Civil Veterinary Department Bihar & Orissa reports 1911-21 - 1911-1921
Year: 1911
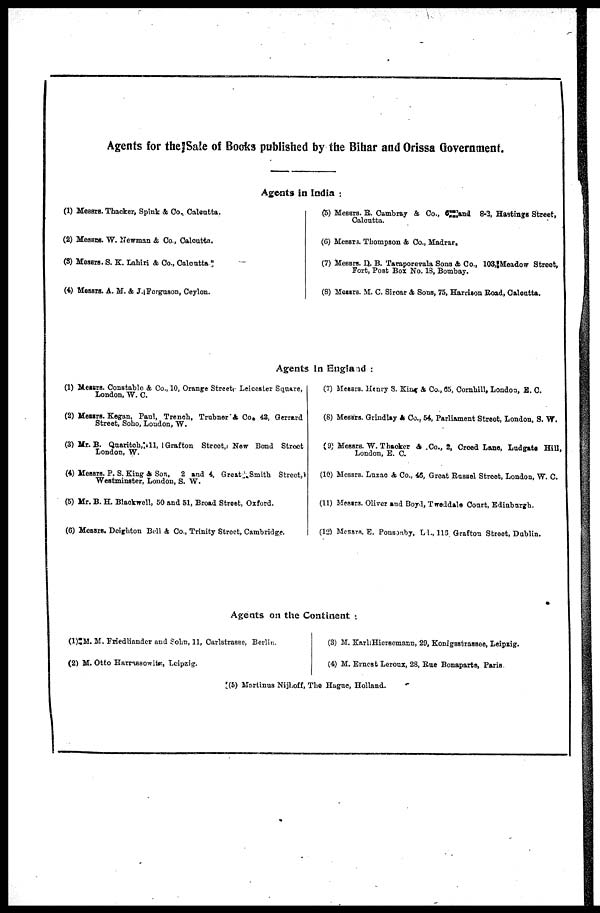
Agents for thejSale of Books published by the Bihar and Orissa Government.
Agents in India :
(1) Messrs. Thacker, Spink & Co.. Calcutta.
(2) Messrs. W. Newman & Co., Caloutta.
(3) Messrs. S. K. Lahiri & Co., Calcutta
(4) Messrs. A. M. & J. Ferguson, Ceylon.
(5) Messrs. B. Cambray & Co., 6 and 8-2, Hastings Street,
Calcutta.
(6) Messrs. Thompson & Co., Madras,
(7) Messrs. D. B. Taraporevala Sons & Co., 103, Meadow Street,
Fort, Post Box No. 13, Bombay.
(8) Messrs. M. C. Sircar & Sons, 75, Harriaon Road, Calcatta.
Agents in England :
(1) Messrs. Constable & Co., 10, Orange Street Leicester Square,
London, W. C.
(2) Messrs. Kegan, Paul, Trench, Trubner & Co, 43, Gerrard
Street, Soho, London, W.
(3) Mr. B. Quaritoh,11, Grafton Street New Bond Street
London, W.
(4) Messrs. P. S. King & Son, 2 and 4, Great Smith Street,
Westminster, London, S. W.
(5) Mr. B. H. Blackwell, 50 and 51, Broad Street, Oxford.
(6) Messrs. Deighton Bell & Co., Trinity Street, Cambridge.
(7) Messrs. Menry S. King & Co., 65, Cornhill, London, S. C.
(8) Messrs. Grindlay & Co., 54, Parliament Street, London, S. W.
(9) Messrs. W. Thacker & .Co., 2, Creed Lane, Ludgate Hill,
London, E. C.
(10) Messrs. Luzac & Co., 46, Great Russel Street, London, W. C.
(11) Messrs. Oliver and Boyd, Tweddale Court, Edinburgh.
(12) Messrs. E. Ponsaby, LI., 113 Grafton Street, Dublin.
Agents on the Continent :
(1)M. M. Friedliander and Sohn, 11, Carlstrasse, Berlin.
(2) M. Otto Harrassowits, Leipzig.
(3) M. KarliHierscmann, 29, Konigstrassce, Leipzig.
(4) M. Ernest Leroux, 28, Rue Bonaparts, Paris
(5) Mortinus Nijhoff, The Hague, Holland.